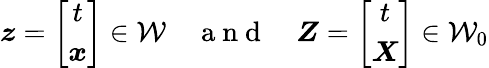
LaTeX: \boldsymbol{z}=\left[\begin{array}{c}{t}\\ {\boldsymbol{x}}\end{array}\right]\in{\mathcal W}\quad\mathrm{~a~n~d~}\quad\boldsymbol{Z}=\left[\begin{array}{c}{t}\\ {\boldsymbol{X}}\end{array}\right]\in{\mathcal W}_{0}